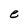
Character: e